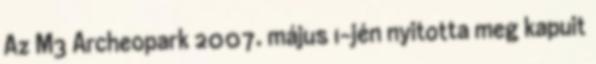
Az M3 Archeopark 2007. május 1-jén nyitotta meg kapuit